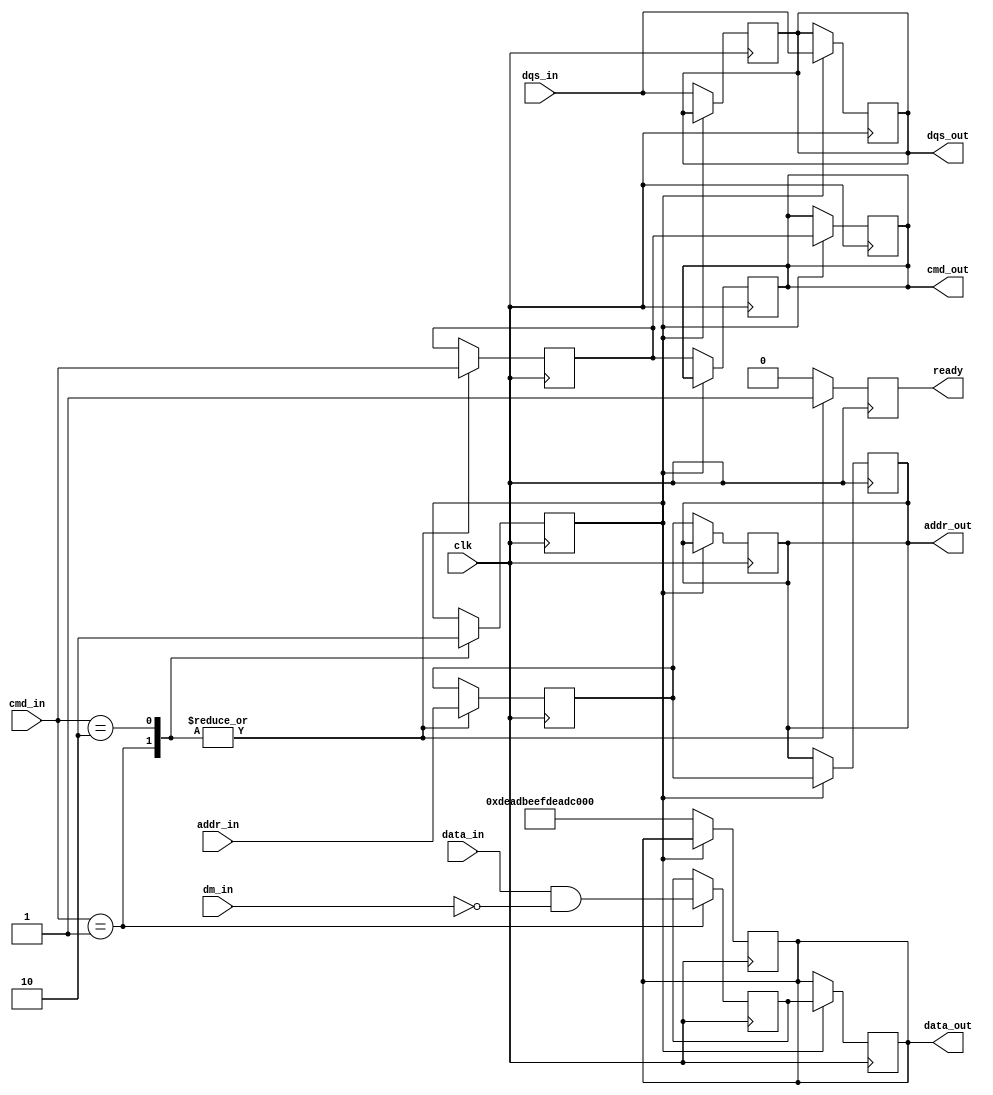
module ddr5_io_block (
    input wire clk,                      // High-frequency clock input
    input wire [63:0] data_in,          // 64-bit data input from memory controller
    input wire [7:0] dqs_in,             // Data strobe input
    input wire [7:0] dm_in,              // Data mask input
    input wire [3:0] cmd_in,             // Command input
    input wire [31:0] addr_in,           // Address input
    output reg [63:0] data_out,          // 64-bit data output to DDR5 memory
    output reg [7:0] dqs_out,            // Data strobe output
    output reg [3:0] cmd_out,            // Command output to DDR5 memory
    output reg [31:0] addr_out,          // Address output to DDR5 memory
    output reg ready                      // Ready signal for operation
);

    // Internal signals
    reg [63:0] data_buffer;               // Buffer for incoming data
    reg [7:0] dqs_buffer;                 // Buffer for DQS signals
    reg [3:0] cmd_buffer;                 // Buffer for command signals
    reg [31:0] addr_buffer;               // Buffer for address signals
    reg write_enable;                     // Write enable signal

    // Command Decoder
    always @(posedge clk) begin
        case (cmd_in)
            4'b0001: begin // WRITE command
                write_enable <= 1;
                data_buffer <= data_in & ~dm_in; // Apply data mask
                addr_buffer <= addr_in;
                cmd_buffer <= cmd_in;
                ready <= 1;
            end
            4'b0010: begin // READ command
                write_enable <= 0;
                addr_buffer <= addr_in;
                cmd_buffer <= cmd_in;
                ready <= 1;
            end
            default: begin
                ready <= 0;
            end
        endcase
    end

    // Output Buffer for Write Operations
    always @(posedge clk) begin
        if (write_enable) begin
            data_out <= data_buffer;
            dqs_out <= dqs_in; // Pass through DQS
            cmd_out <= cmd_buffer;
            addr_out <= addr_buffer;
        end
    end

    // Input Buffer for Read Operations
    always @(posedge clk) begin
        if (!write_enable) begin
            // Simulate read operation (in a real design, this would involve reading from memory)
            data_out <= 64'hDEADBEEFDEADBEEF; // Example data for read
            dqs_out <= dqs_in; // Pass through DQS
            cmd_out <= cmd_buffer;
            addr_out <= addr_buffer;
        end
    end

    // On-Chip Termination and Calibration (Placeholder)
    // In a real design, this would involve additional circuitry for termination and calibration.

endmodule